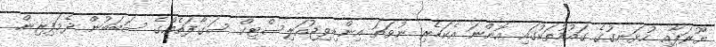
ޔޫރަޕާއި ހުޅަނގުގެ ގައުމުތަކުގައި އޮންނަ އެކަހެރި ނުވަތަ އިންޑިވިޖުއަލިސްޓިކް ސަގާފަތެއްގެ ސަބަބުން ދެމަފިރިން